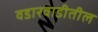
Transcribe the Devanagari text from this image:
वडारवाडीतील